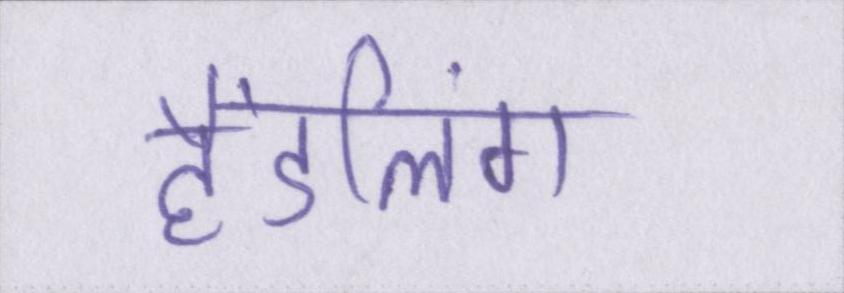
हैंडलिंग